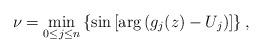
LaTeX: \begin{align*} \nu=\min_{0\le j \le n} \left\{\sin\left[ \arg\left(g_j(z) - U_j \right) \right] \right\}, \end{align*}